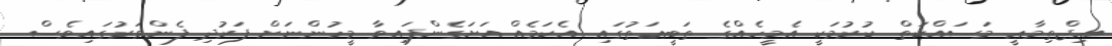
އިޖްތިމާޢީ މަސައްކަތް ކުރުމަކީ އެމީހެއްގެ ތަބީޢަތުގައި އެކަމެއް އަށަގެންފައިވާ މީހުންނަށް ފަރުދި ފެންވަރުގައިވެސް